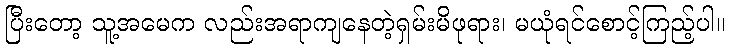
ပြီးတော့ သူ့အမေက လည်းအရာကျနေတဲ့ရှမ်းမိဖုရား၊ မယုံရင်စောင့်ကြည့်ပါ။